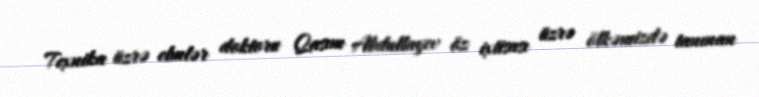
Texnika üzrə elmlər doktoru Qasım Abdullayev öz ixtisası üzrə ölkəmizdə tanınan